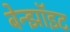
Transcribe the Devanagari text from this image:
बेन्झॉइट